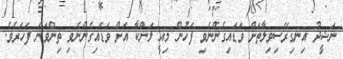
ނަޝީދު އިނގިރޭސިވިލާތަށް ވަޑައިގެންނެވި ފަހުން މިއީ ލަންކާ އަށް ވަޑައިގެންނެވި ތިންވަނަ ފަހަރެވެ.